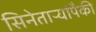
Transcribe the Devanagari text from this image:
सिनेताऱ्यांपैकी